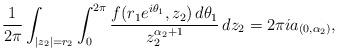
LaTeX: \begin{align*}\frac{1}{2\pi}\int_{|z_2|=r_2}\int_0^{2\pi}\frac{f(r_1e^{i\theta_1},z_2)\,d\theta_1}{z_2^{\alpha_2+1}}\,dz_2=2\pi ia_{(0,\alpha_2)},\end{align*}